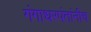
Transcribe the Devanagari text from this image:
गंगाधरपंतांनीच